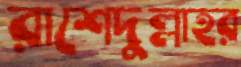
রাশেদুল্লাহর